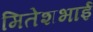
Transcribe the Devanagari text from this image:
मितेशभाई